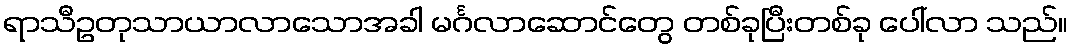
ရာသီဥတုသာယာလာသောအခါ မင်္ဂလာဆောင်တွေ တစ်ခုပြီးတစ်ခု ပေါ်လာ သည်။